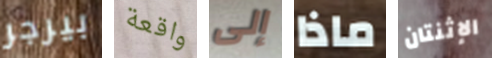
بيرجر واقعة إلى ماذا الإثنتان